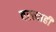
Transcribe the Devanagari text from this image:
वस्त्याही